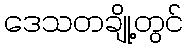
ဒေသတချို့တွင်